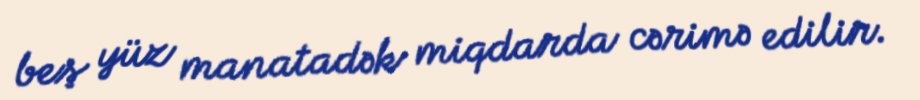
beş yüz manatadək miqdarda cərimə edilir.